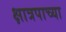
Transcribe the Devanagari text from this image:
क्षात्रपाच्या